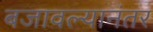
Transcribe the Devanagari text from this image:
बजावल्यानंतर